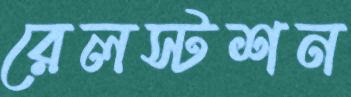
রেলস্টশন